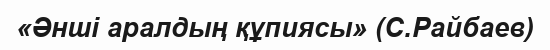
«Әнші аралдың құпиясы» (С.Райбаев)